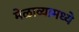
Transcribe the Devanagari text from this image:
मेळाव्यामध्ये